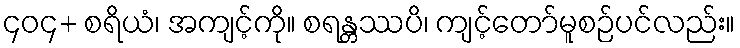
၄၀၄+ စရိယံ၊ အကျင့်ကို။ စရန္တဿပိ၊ ကျင့်တော်မူစဉ်ပင်လည်း။